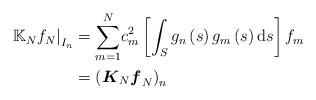
LaTeX: \begin{align*}\left. \mathbb{K}_{N}f_{N}\right\vert _{I_{n}} & ={\displaystyle\sum\limits_{m=1}^{N}}c_{m}^{2}\left[ \int_{S}g_{n}\left( s\right) g_{m}\left( s\right)\mathrm{d}s\right] f_{m}\\& =\left( \boldsymbol{K}_{N}\boldsymbol{f}_{N}\right) _{n}\end{align*}